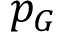
p _ { G }